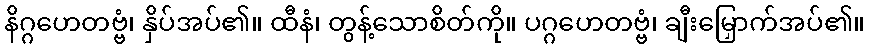
နိဂ္ဂဟေတဗ္ဗံ၊ နှိပ်အပ်၏။ ထီနံ၊ တွန့်သောစိတ်ကို။ ပဂ္ဂဟေတဗ္ဗံ၊ ချီးမြှောက်အပ်၏။